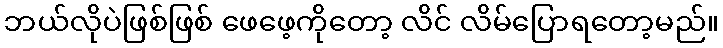
ဘယ်လိုပဲဖြစ်ဖြစ် ဖေဖေ့ကိုတော့ လိင် လိမ်ပြောရတော့မည်။